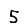
Digit: 5